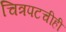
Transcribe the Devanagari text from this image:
चित्रपटचीही